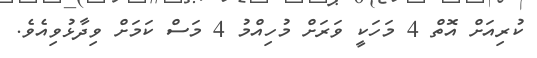
ކުރިއަށް އޮތް 4 މަހަކީ ވަރަށް މުހިއްމު 4 މަސް ކަމަށް ވިދާޅުވިއެވެ.